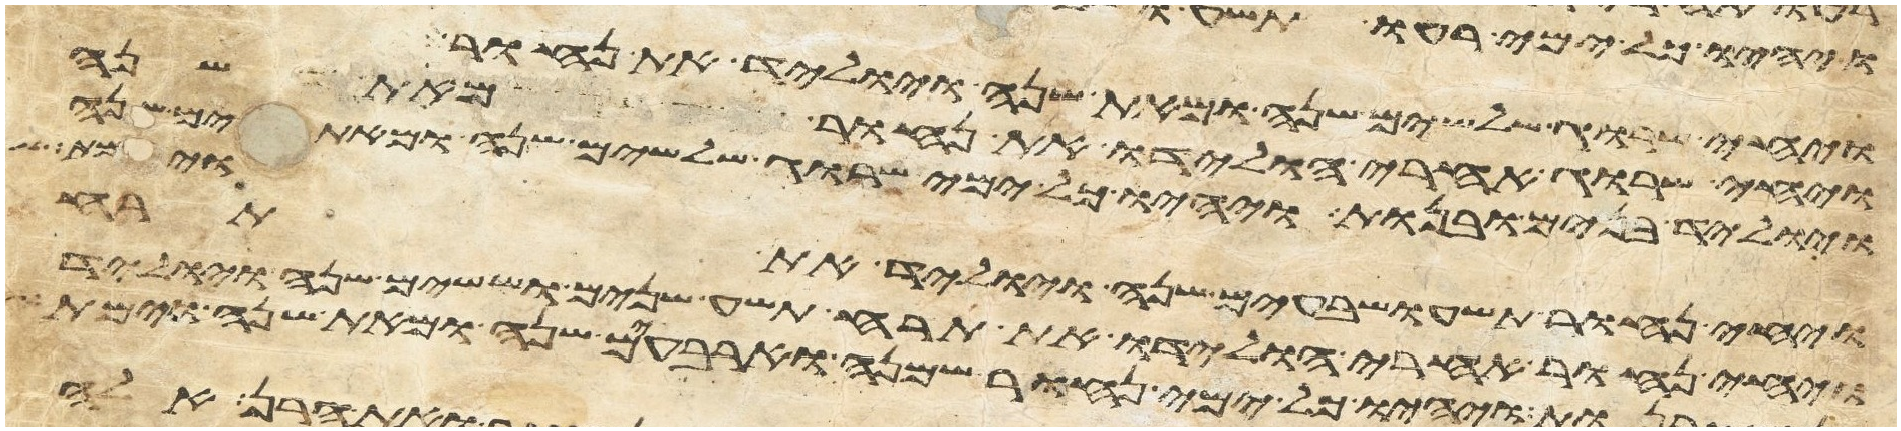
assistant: ויחי שרוג שלשים שנה ומאת שנה ויוליד את נחור
ויחי שרוג אחרי הולידו את נחור מאת שנה
ויוליד בנים ובנות ויהיו כל ימי שרוג שלשים שנה ומאתים שנה
וימת
ויחי נחור תשע ושבעים שנה ויוליד את תרח
ויחי נחור אחרי הולידו את תרח תשע שנים וששים שנה ויוליד